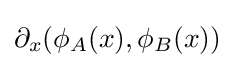
\partial _{x}(\phi _{A}(x),\phi _{B}(x))